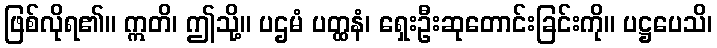
ဖြစ်လိုရ၏။ ဣတိ၊ ဤသို့။ ပဌမံ ပတ္ထနံ၊ ရှေးဦးဆုတောင်းခြင်းကို။ ပဋ္ဌပေသိ၊